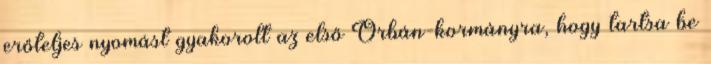
erőteljes nyomást gyakorolt az első Orbán-kormányra, hogy tartsa be